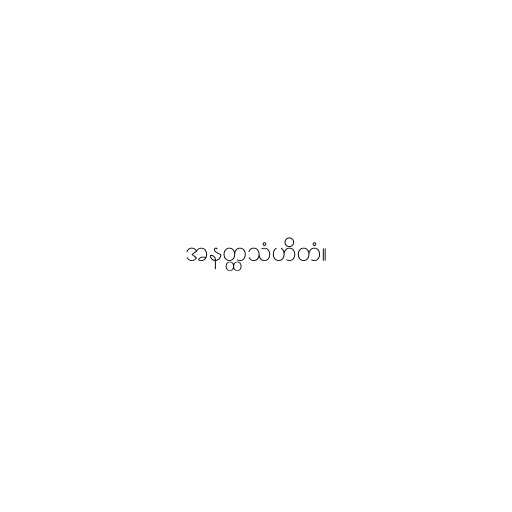
အနတ္ထသံဟိတံ။